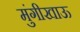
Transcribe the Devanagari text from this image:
मुंगीखाऊ